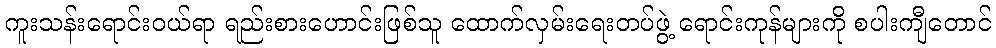
ကူးသန်းရောင်းဝယ်ရာ ရည်းစားဟောင်းဖြစ်သူ ထောက်လှမ်းရေးတပ်ဖွဲ့ ရောင်းကုန်များကို စပါးကျီတောင်